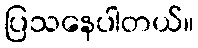
ပြသနေပါတယ်။